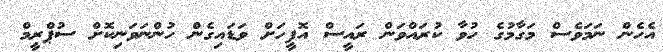
އެހެން ނަމަވެސް މަގާމުގެ ހުވާ ކުރައްވަން ރައީސް އޮފީހަށް ވަޑައިގެން ހުންނަވަނިކޮށް ސުޕްރީމް